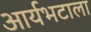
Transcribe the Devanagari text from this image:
आर्यभटाला